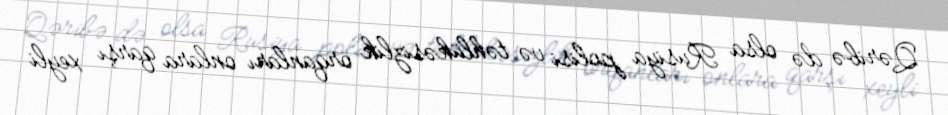
Qəribə də olsa Rusiya polisi və təhlükəsizlik orqanları onlara qarşı xeyli